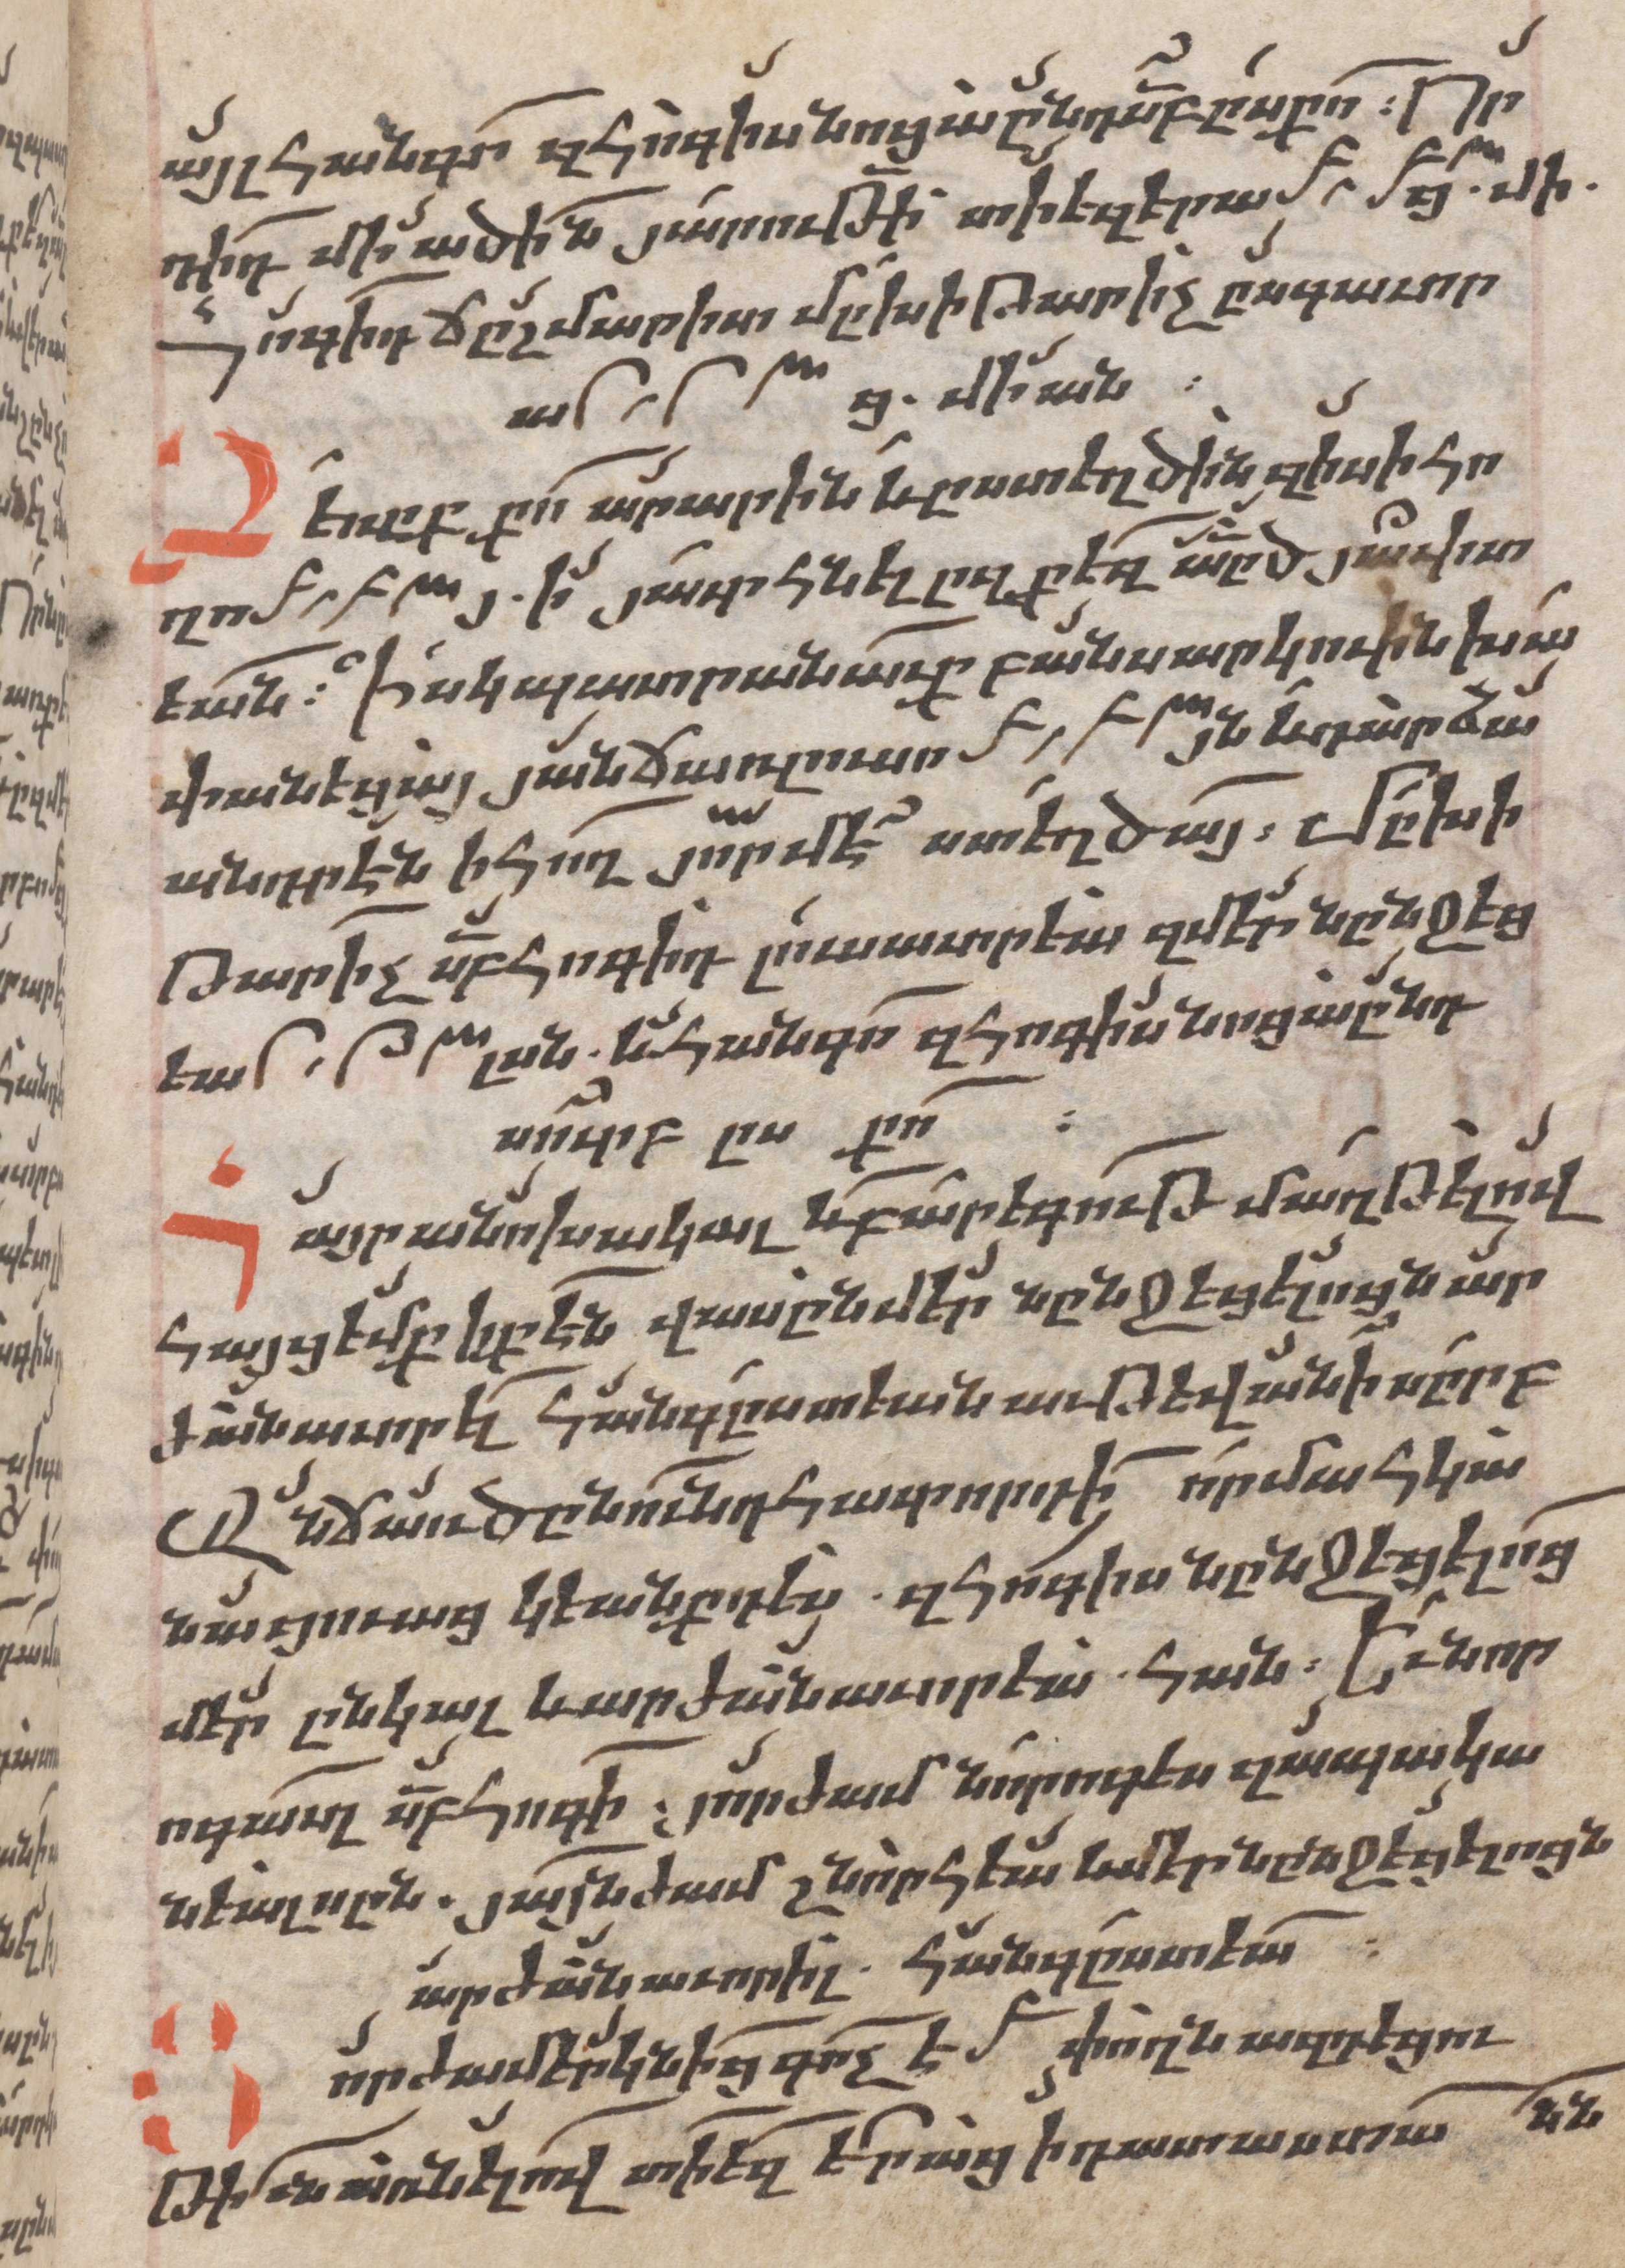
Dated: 1662–1662